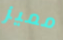
مميز